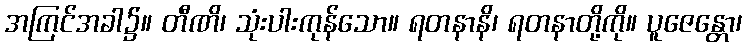
အကြင်အခါ၌။ တီဏိ၊ သုံးပါးကုန်သော။ ရတနာနိ၊ ရတနာတို့ကို။ ပူဇေန္တော၊